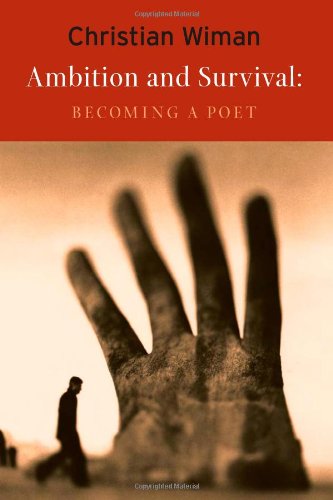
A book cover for Ambition and Survival: Becoming a Poet; Christian Wiman; Literature & Fiction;